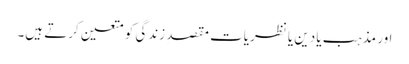
اور مذہب یا دین یا نظریات مقصدِ زندگی کو متعین کرتے ہیں۔